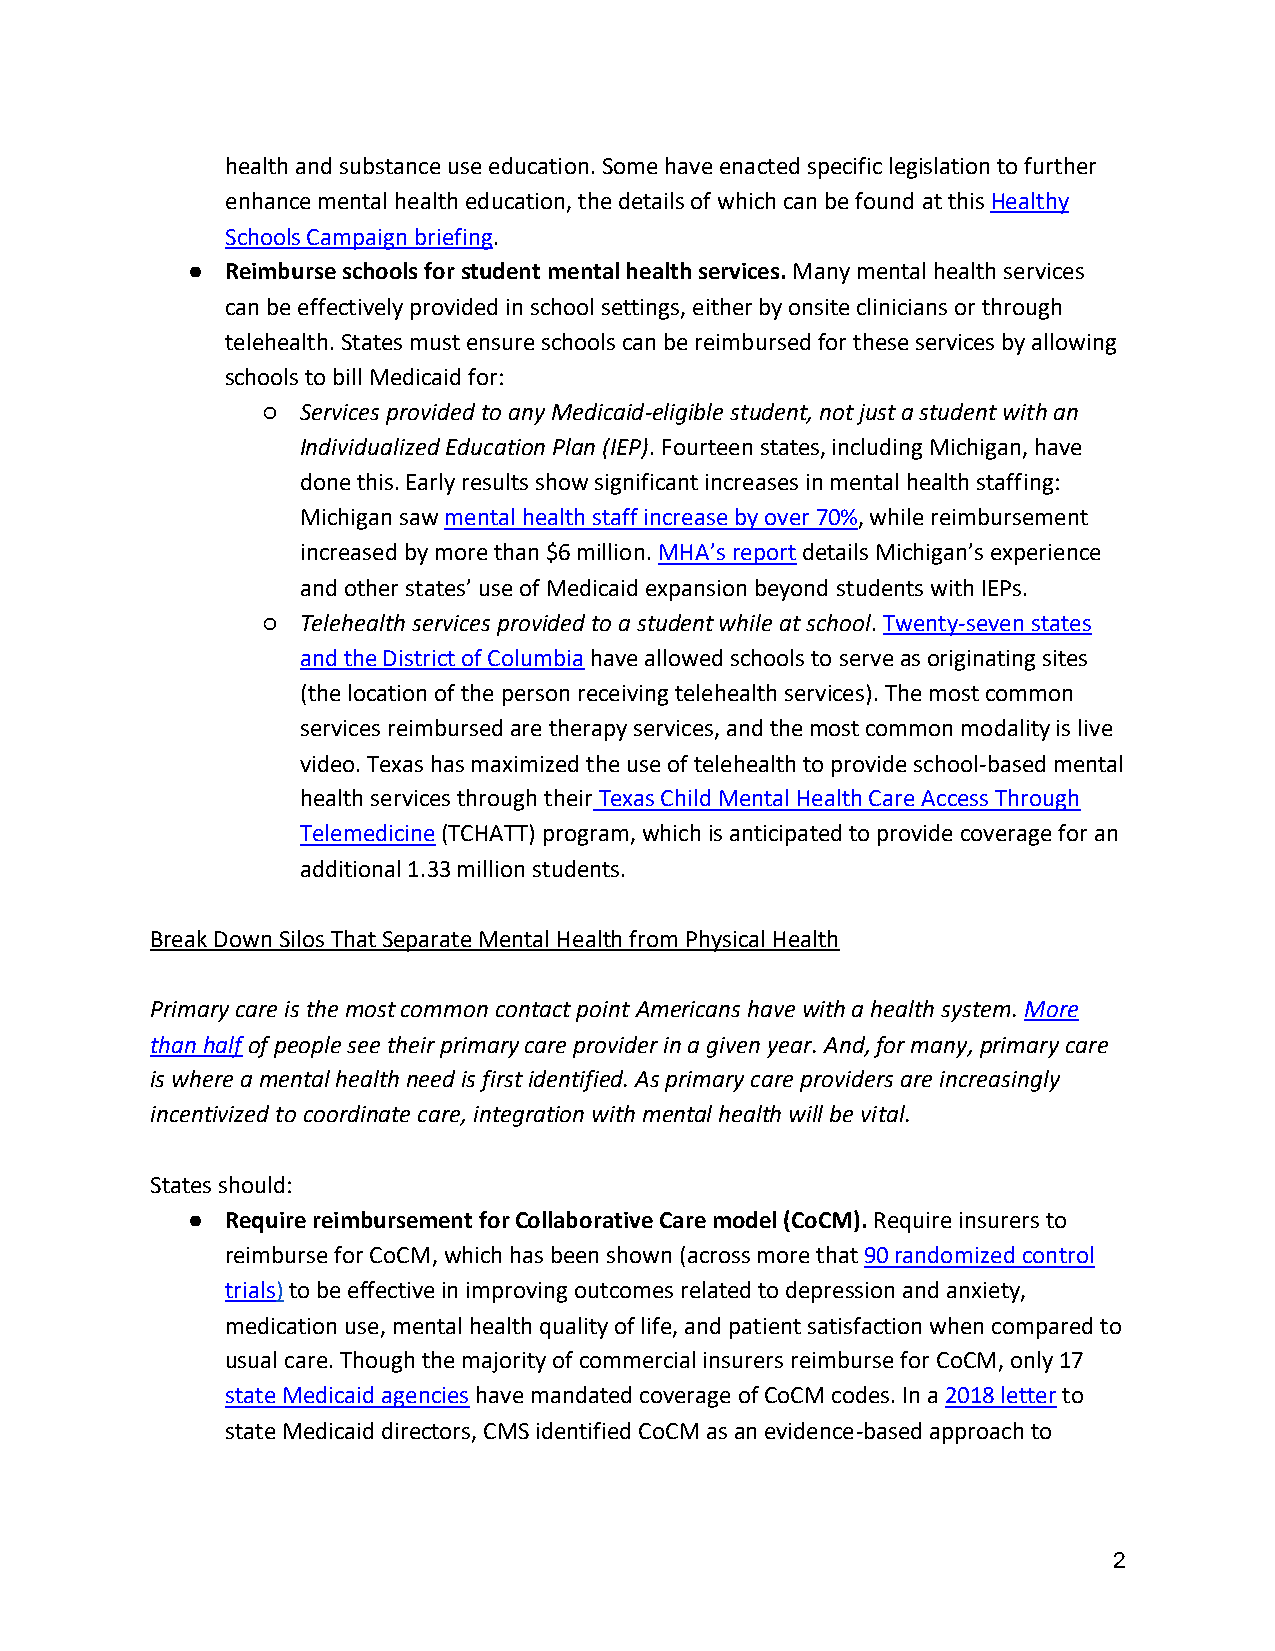
health and substance use education. Some have enacted specific legislation to further
 enhance mental health education, the details of which can be found at this Healthy
 Schools Campaign briefing.
 ●  Reimburse schools for student mental health services. Many mental health services
 can be effectively provided in school settings, either by onsite clinicians or through
 telehealth. States must ensure schools can be reimbursed for these services by allowing
 schools to bill Medicaid for:
 ○  Services provided to any Medicaid-eligible student, not just a student with an
 Individualized Education Plan (IEP). Fourteen states, including Michigan, have
 done this. Early results show significant increases in mental health staffing:
 Michigan saw mental health staff increase by over 70%, while reimbursement
 increased by more than $6 million. MHA’s report details Michigan’s experience
 and other states’ use of Medicaid expansion beyond students with IEPs.
 ○  Telehealth services provided to a student while at school. Twenty-seven states
 and the District of Columbia have allowed schools to serve as originating sites
 (the location of the person receiving telehealth services). The most common
 services reimbursed are therapy services, and the most common modality is live
 video. Texas has maximized the use of telehealth to provide school-based mental
 health services through their Texas Child Mental Health Care Access Through
 Telemedicine (TCHATT) program, which is anticipated to provide coverage for an
 additional 1.33 million students.
 Break Down Silos That Separate Mental Health from Physical Health
 Primary care is the most common contact point Americans have with a health system. More
 than half of people see their primary care provider in a given year. And, for many, primary care
 is where a mental health need is first identified. As primary care providers are increasingly
 incentivized to coordinate care, integration with mental health will be vital.
 States should:
 ●  Require reimbursement for Collaborative Care model (CoCM). Require insurers to
 reimburse for CoCM, which has been shown (across more that 90 randomized control
 trials) to be effective in improving outcomes related to depression and anxiety,
 medication use, mental health quality of life, and patient satisfaction when compared to
 usual care. Though the majority of commercial insurers reimburse for CoCM, only 17
 state Medicaid agencies have mandated coverage of CoCM codes. In a 2018 letter to
 state Medicaid directors, CMS identified CoCM as an evidence-based approach to
 2